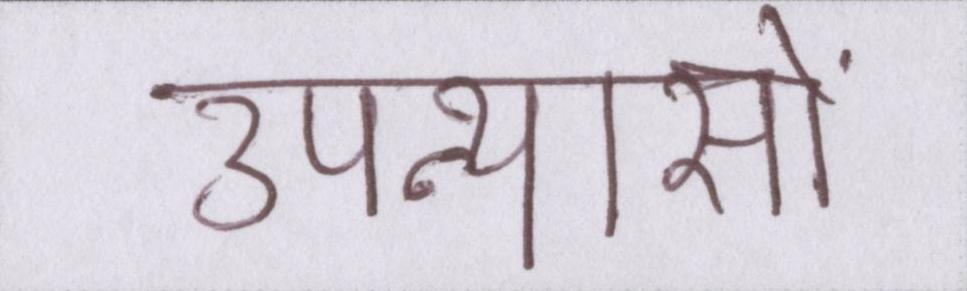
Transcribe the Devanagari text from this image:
उपन्यासों